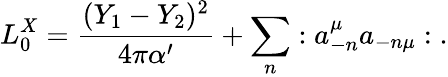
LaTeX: L_{0}^{X}={\frac{(Y_{1}-Y_{2})^{2}}{4\pi\alpha^{\prime}}}+\sum_{n}:a_{-n}^{\mu}a_{-n\mu}:\; .